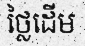
ថ្លៃដើម